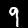
Label: 9